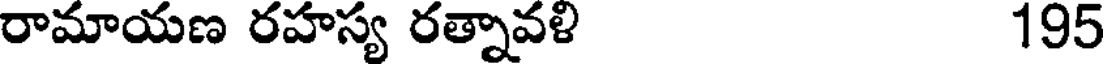
రామాయణ రహస్య రత్నావళి 195